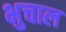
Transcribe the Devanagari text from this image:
भुचाल